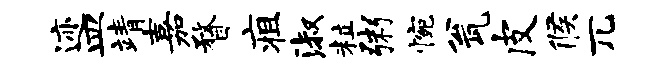
迹皿靖嘉瞀疽淑粒粥惋瓮皮候兀